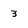
Character: 3